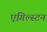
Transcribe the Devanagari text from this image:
एगिल्स्टन